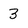
Character: 3